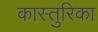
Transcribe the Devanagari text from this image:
कास्तुरिका